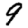
Digit: 9